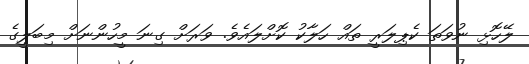
ލޭހޮޅި ނުވަތަ ކެޕިލަރީ ތައް ހަލާކު ކޮށްލައެވެ. ވަރަށް ގިނަ މީހުންނަށް މިބަލީގެ